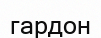
гардон